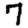
Digit: 7